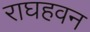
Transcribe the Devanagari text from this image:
राघहवन